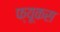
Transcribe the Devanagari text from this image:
फ्यूकस